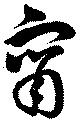
甯